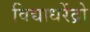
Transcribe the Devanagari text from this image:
विद्याधरेंद्रो